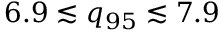
6 . 9 \lesssim q _ { 9 5 } \lesssim 7 . 9